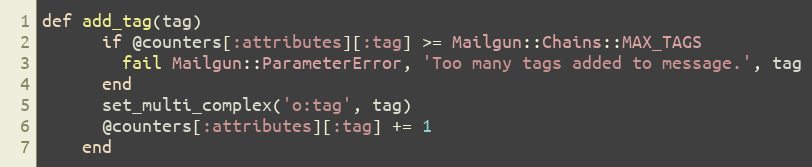
Language: Ruby
def add_tag(tag)
      if @counters[:attributes][:tag] >= Mailgun::Chains::MAX_TAGS
        fail Mailgun::ParameterError, 'Too many tags added to message.', tag
      end
      set_multi_complex('o:tag', tag)
      @counters[:attributes][:tag] += 1
    end